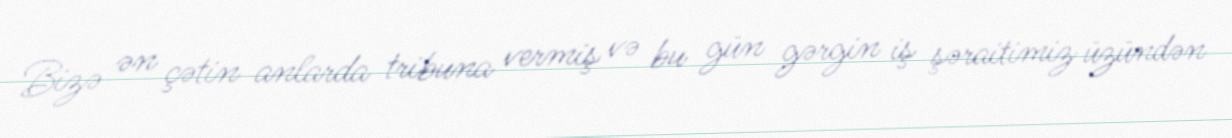
Bizə ən çətin anlarda tribuna vermiş və bu gün gərgin iş şəraitimiz üzündən